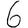
Digit: 6